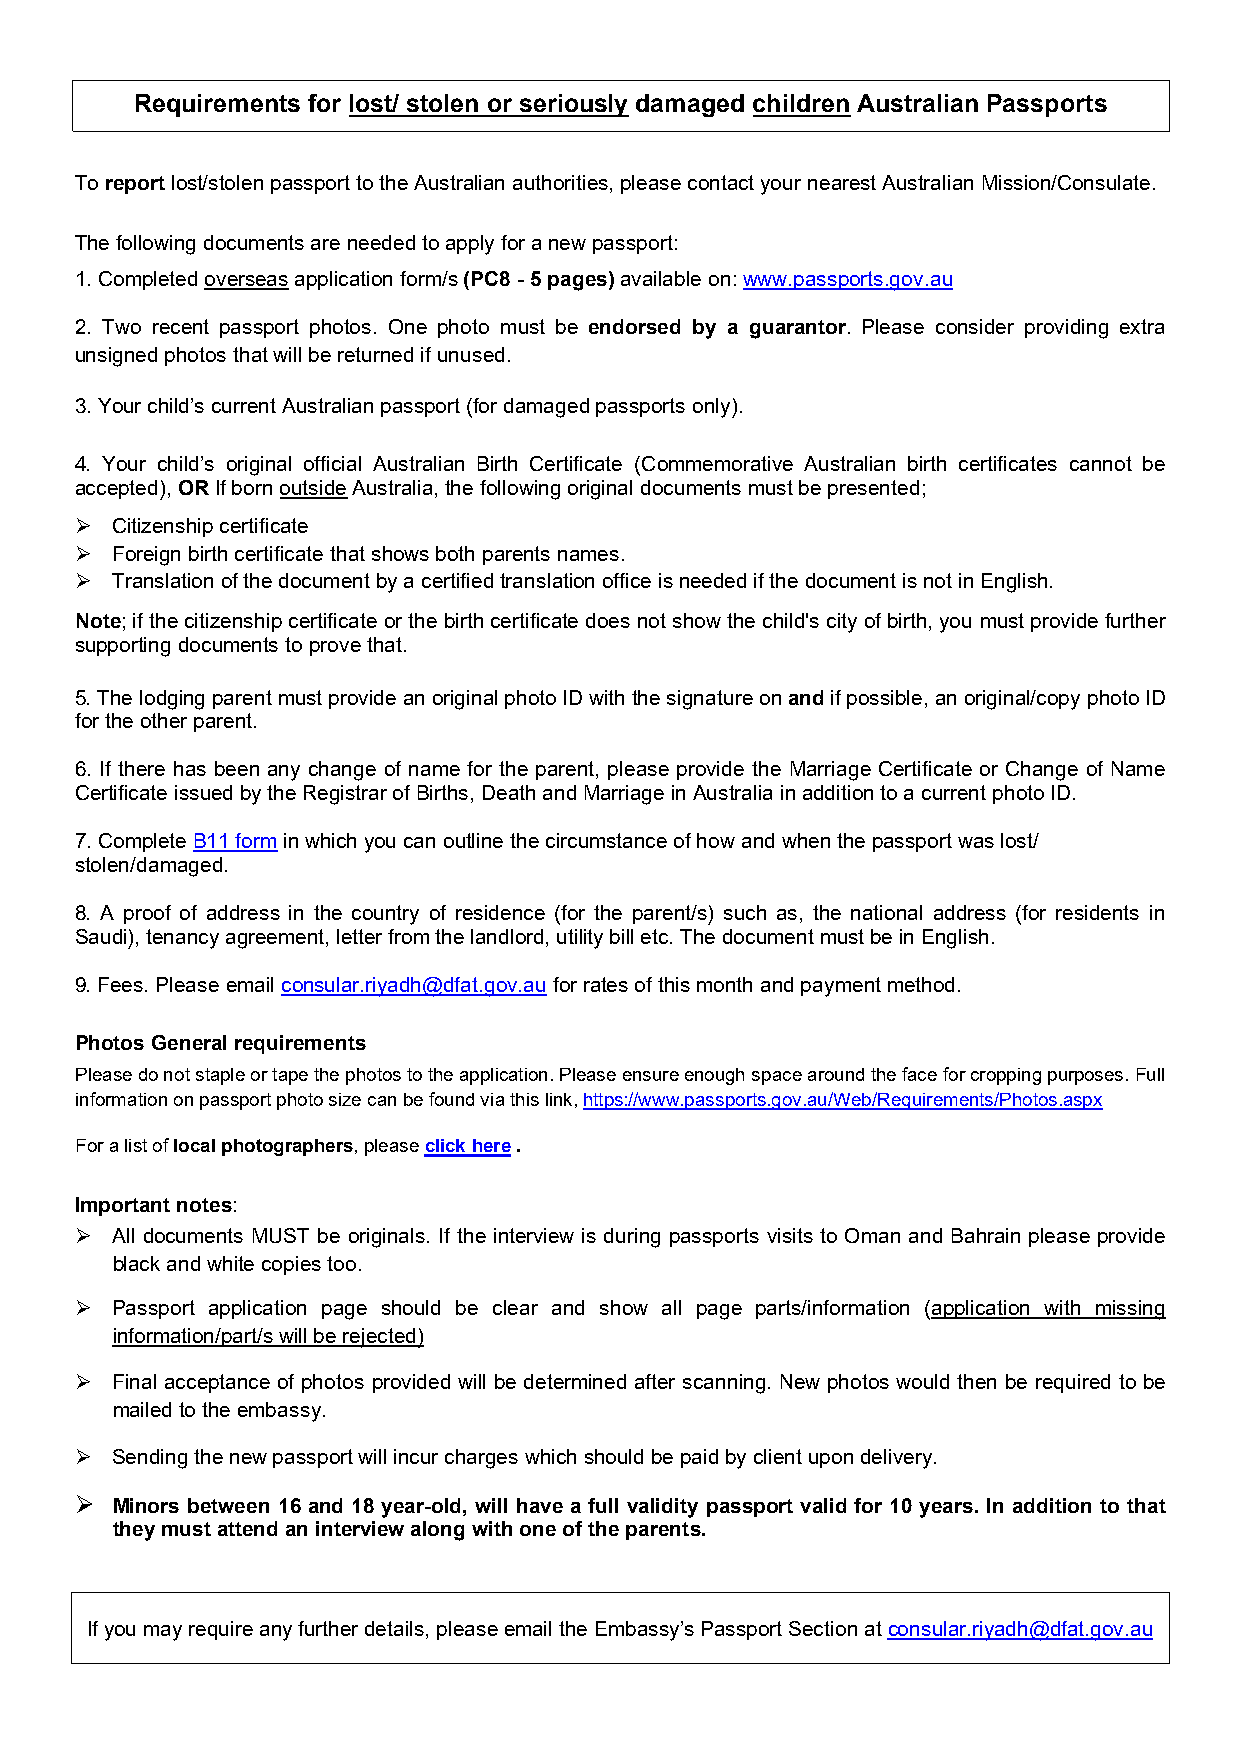
Requirements for lost/ stolen or seriously damaged children Australian Passports
 To report lost/stolen passport to the Australian authorities, please contact your nearest Australian Mission/Consulate.
 The following documents are needed to apply for a new passport:
 1. Completed overseas application form/s (PC8 - 5 pages) available on: www.passports.gov.au
 2. Two recent passport photos. One photo must be endorsed by a guarantor. Please consider providing extra
 unsigned photos that will be returned if unused.
 3. Your child’s current Australian passport (for damaged passports only).
 4. Your child’s original official Australian Birth Certificate (Commemorative Australian birth certificates cannot be
 accepted), OR If born outside Australia, the following original documents must be presented;
  Citizenship certificate
  Foreign birth certificate that shows both parents names.
  Translation of the document by a certified translation office is needed if the document is not in English.
 Note; if the citizenship certificate or the birth certificate does not show the child's city of birth, you must provide further
 supporting documents to prove that.
 5. The lodging parent must provide an original photo ID with the signature on and if possible, an original/copy photo ID
 for the other parent.
 6. If there has been any change of name for the parent, please provide the Marriage Certificate or Change of Name
 Certificate issued by the Registrar of Births, Death and Marriage in Australia in addition to a current photo ID.
 7. Complete B11 form in which you can outline the circumstance of how and when the passport was lost/
 stolen/damaged.
 8. A proof of address in the country of residence (for the parent/s) such as, the national address (for residents in
 Saudi), tenancy agreement, letter from the landlord, utility bill etc. The document must be in English.
 9. Fees. Please email consular.riyadh@dfat.gov.au for rates of this month and payment method.
 Photos General requirements
 Please do not staple or tape the photos to the application. Please ensure enough space around the face for cropping purposes. Full
 information on passport photo size can be found via this link, https://www.passports.gov.au/Web/Requirements/Photos.aspx
 For a list of local photographers, please click here .
 Important notes:
  All documents MUST be originals. If the interview is during passports visits to Oman and Bahrain please provide
 black and white copies too.
  Passport application page should be clear and show all page parts/information (application with missing
 information/part/s will be rejected)
  Final acceptance of photos provided will be determined after scanning. New photos would then be required to be
 mailed to the embassy.
  Sending the new passport will incur charges which should be paid by client upon delivery.
  Minors between 16 and 18 year-old, will have a full validity passport valid for 10 years. In addition to that
 they must attend an interview along with one of the parents.
 If you may require any further details, please email the Embassy’s Passport Section at consular.riyadh@dfat.gov.au